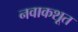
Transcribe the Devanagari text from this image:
नवाकशूत